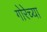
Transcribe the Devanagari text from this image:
गोरेच्या